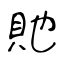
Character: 貤